Scientific memoirs by medical officers of the Army of India - Part IV,
Year: 1889
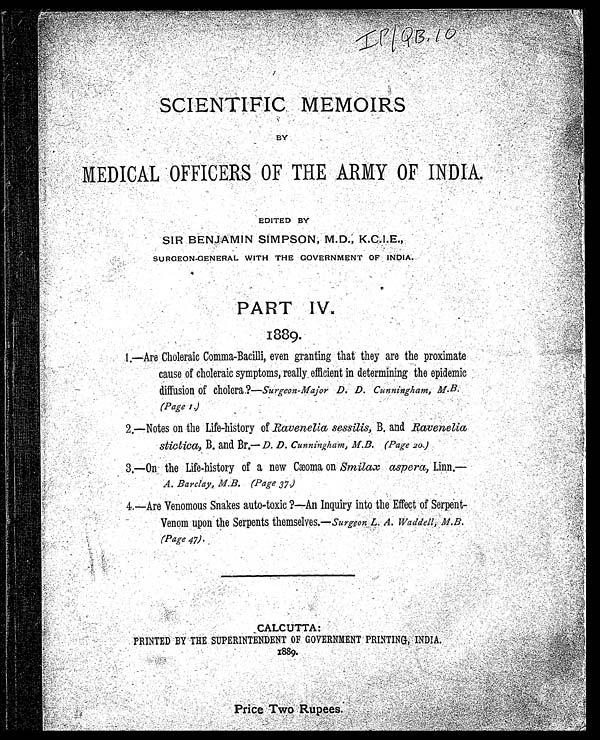
IP|QB.10
SCIENTIFIC MEMOIRS
BY MEDICAL OFFICERS OF THE ARMY OF INDIA.
EDITED BY
SIR BENJAMIN SIMPSON, M.D., K.C.I.E.,
SURGEON-GENERAL WITH THE GOVERNMENT OF INDIA.
PART IV.
1889.
1.—Are Choleraic Comma-Becilli, even granting that they are the proximate
cause of choleraic symptoms, really efficient in determining the epidemic
diffusion of cholera?—Surgeon-Major D. D. Cunningham, M.B.
(Page 1.)
2.—Notes on the Life-history of Ravenelia sessilis, B. and Ravenelia
stictica, B. and Br.—D. D. Cunningham, M.B. (Page 20.)
3.—On the Life-history of a new Cæoma on Smilax aspera, Linn.—
A. Barclay M.B. (Page 37.)
4.—Are Venomous Snakes auto-toxic?—An Inquiry into the Effect of Serpent-
Venom upon t he Serpent s t hemsel ves. — Surgeon L. A. Waddel l , M. B.
(Page 47.)
CALCUTTA: P RI NT E D B Y T HE S UP E RI NT E NDE NT OF GOV E RNME NT P RI NT I NG, I NDI A .
1889. Price Two Rupees.